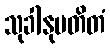
သုခါနုပတိတံ